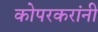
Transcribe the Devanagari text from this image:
कोपरकरांनी